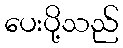
ပေးပို့သည်